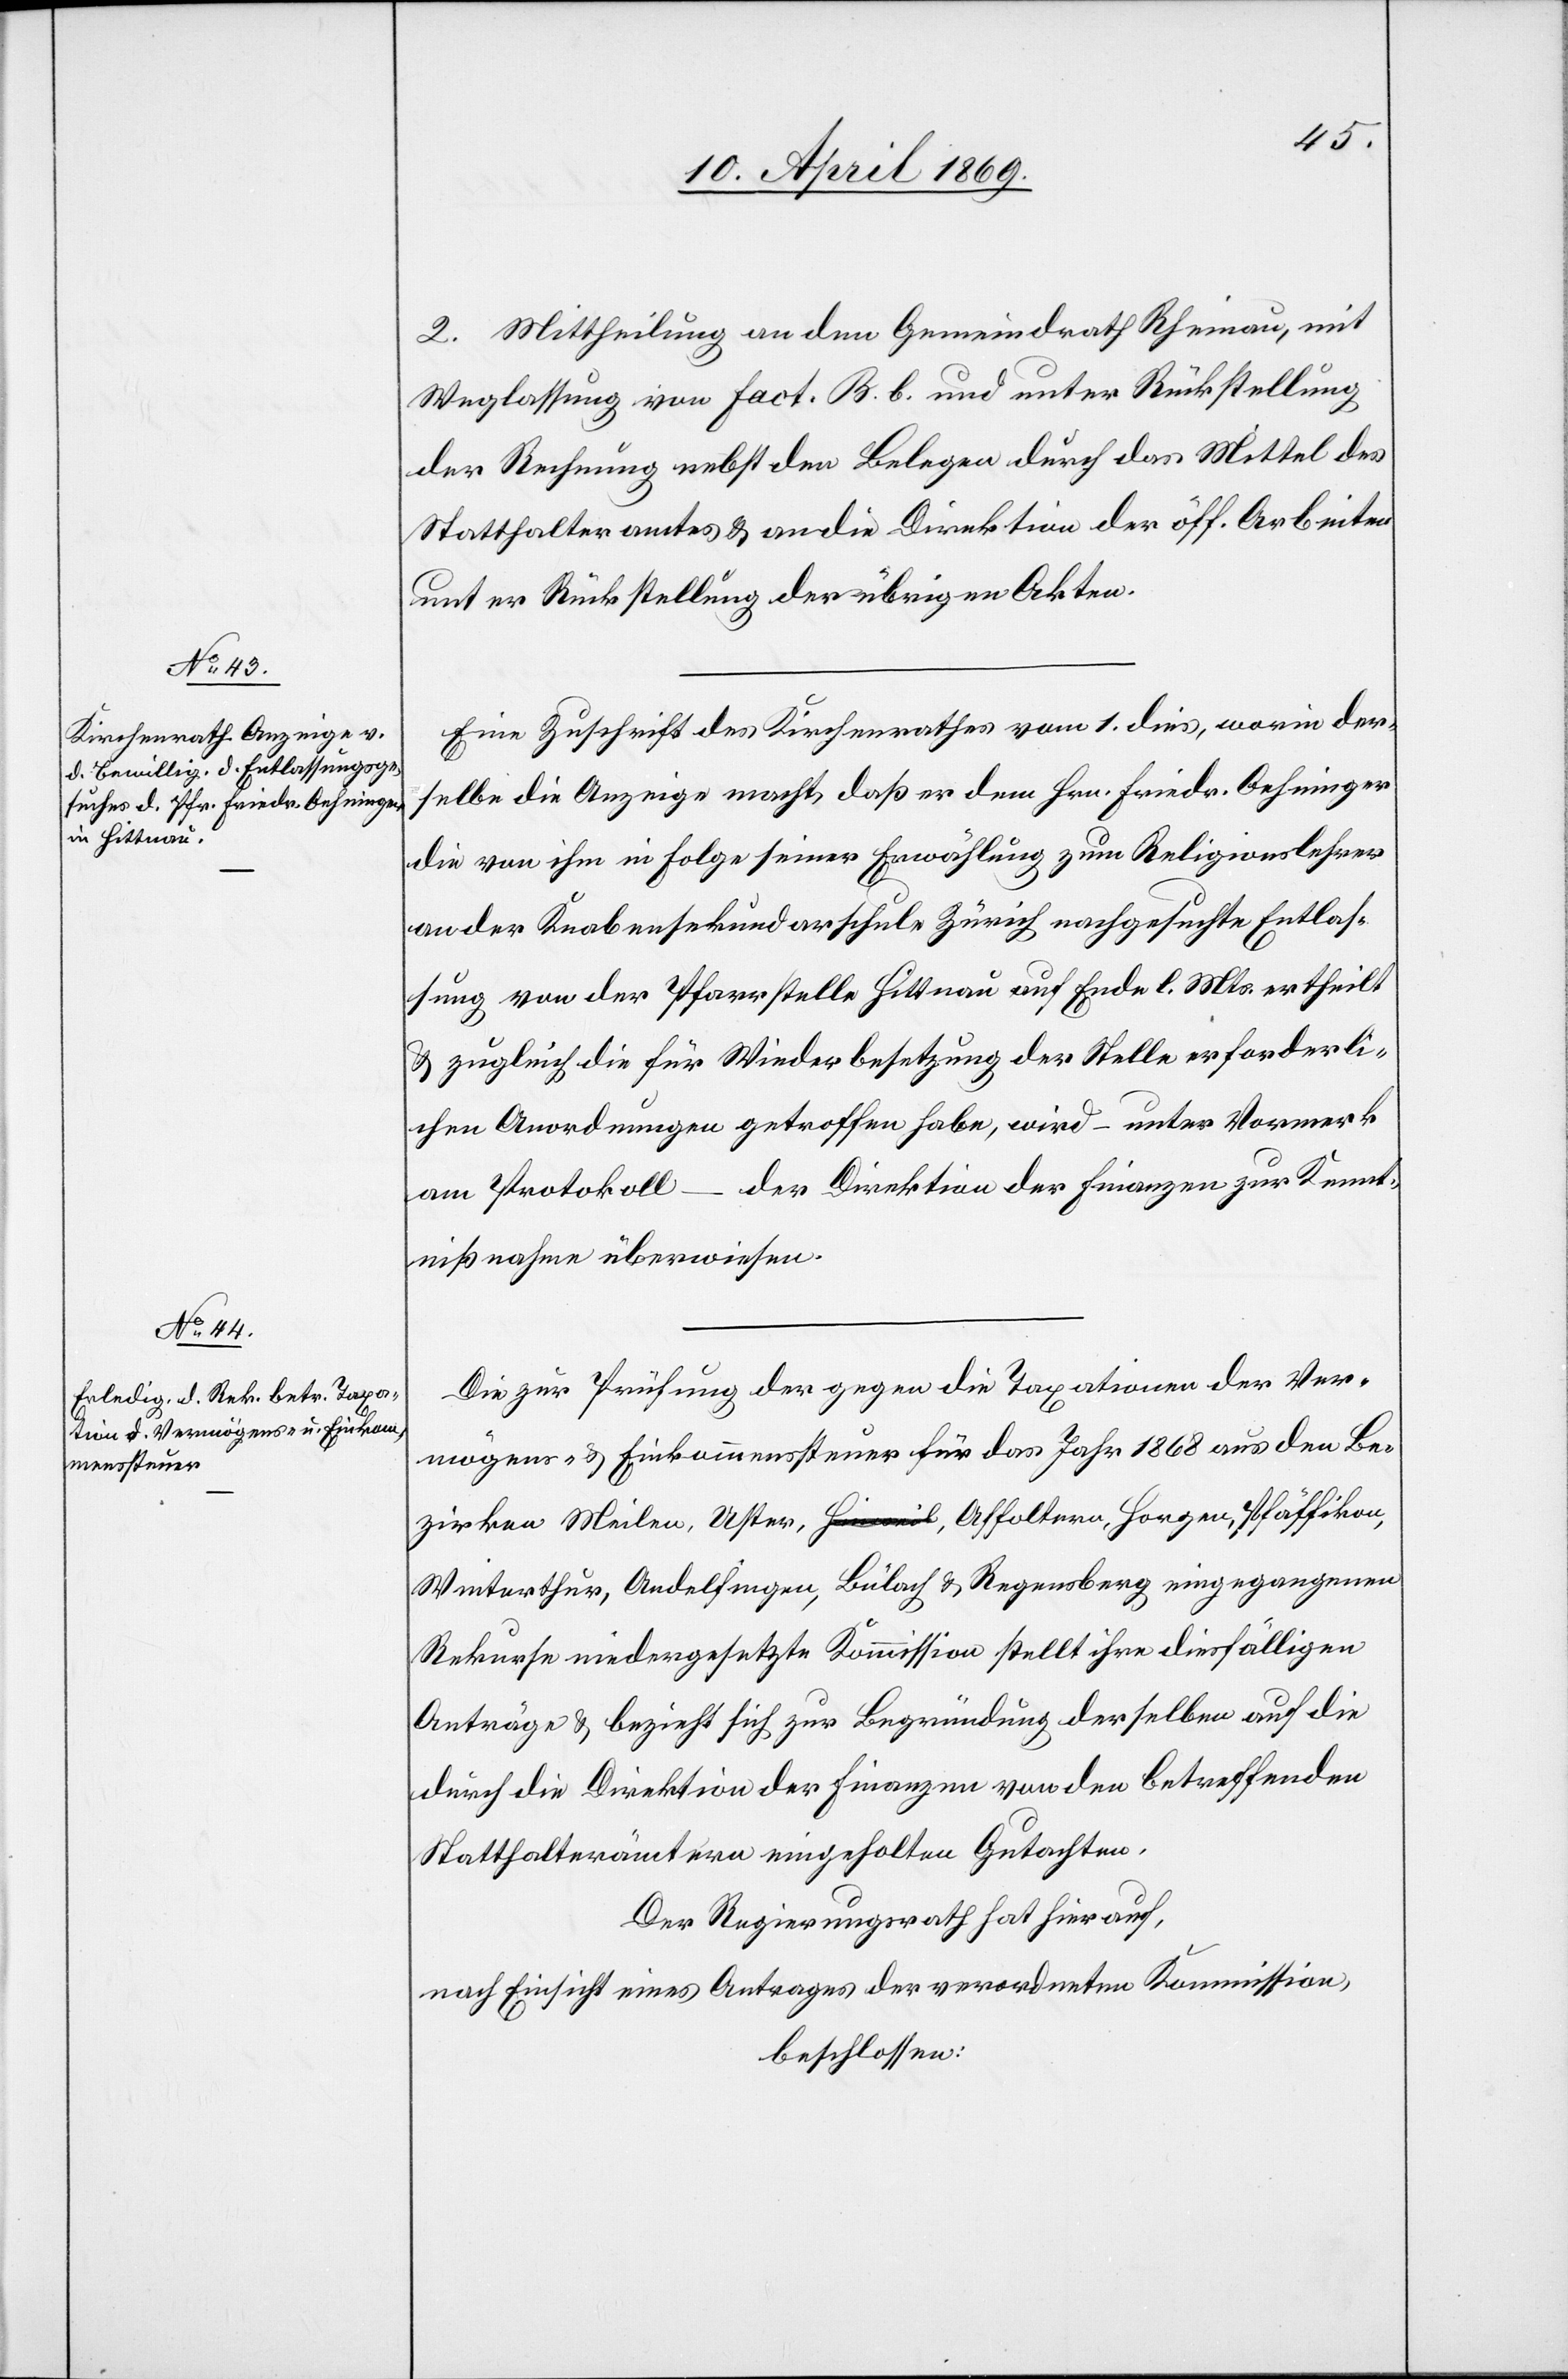
2. Mittheilung an den Gemeindrath Rheinau, mit
Weglassung von Fact. B. b. und unter Rückstellung
der Rechnung nebst den Belegen durch das Mittel des
Statthalteramtes u. an die Direktion der öff. Arbeiten
unter Rückstellung der übrigen Akten.
Eine Zuschrift des Kirchenrathes vom 1. dies, worin der¬
selbe die Anzeige macht, daß er dem Hrn. Friedr. Oehninger
die von ihm in Folge seiner Erwählung zum Religionslehrer
an der Knabensekundarschule Zürich nachgesuchte Entlas¬
sung von der Pfarrstelle Hittnau auf Ende l. Mts. ertheilt
u. zugleich die für Wiederbesetzung der Stelle erforderli¬
chen Anordnungen getroffen habe, wird – unter Vormerk
am Protokoll – der Direktion der Finanzen zur Kennt¬
nißnahme überwiesen.
Die zur Prüfung der gegen die Taxationen der Ver¬
mögens- u. Einkommenssteuer für das Jahr 1868 aus den Be¬
zirken Meilen, Uster, Affoltern, Horgen, Pfäffikon,
Winterthur, Andelfingen, Bülach u. Regensberg eingegangenen
Rekurse niedergesetzte Kommission stellt ihre diesfälligen
Anträge u. bezieht sich zur Begründung derselben auf die
durch die Direktion der Finanzen von den betreffenden
Statthalterämtern eingeholten Gutachten.
Der Regierungsrath hat hierauf,
nach Einsicht eines Antrages der verordneten Kommission,
beschlossen: